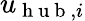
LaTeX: u_{\mathrm{~h~u~b~},i}